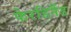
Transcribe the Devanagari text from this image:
फेरडिनैंड